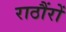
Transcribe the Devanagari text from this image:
राठौंरों